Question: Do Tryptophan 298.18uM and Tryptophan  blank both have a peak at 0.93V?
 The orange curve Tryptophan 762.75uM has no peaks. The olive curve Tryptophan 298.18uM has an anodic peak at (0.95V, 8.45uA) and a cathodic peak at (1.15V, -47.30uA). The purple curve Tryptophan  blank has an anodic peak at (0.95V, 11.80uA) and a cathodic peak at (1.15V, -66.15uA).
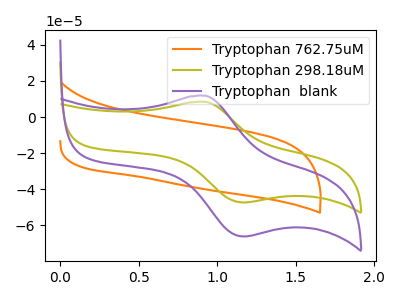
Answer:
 <answer>Yes, "Tryptophan 298.18uM" and "Tryptophan  blank" share a peak at 0.93V.</answer>
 <eval>match</eval>